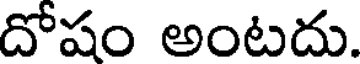
దోషం అంటదు.